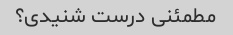
مطمئنی درست شنیدی؟